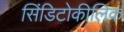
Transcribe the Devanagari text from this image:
सिंडिटोकीलिक